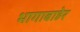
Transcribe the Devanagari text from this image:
भागाबाहेर